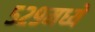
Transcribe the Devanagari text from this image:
५२९मध्ये